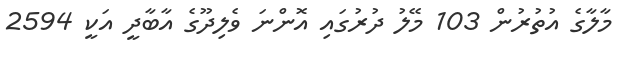
މާލާގެ އުތުރުން 103 މޭލު ދުރުގައި އޮންނަ ވެލިދޫގެ އާބާދީ އަކީ 2594